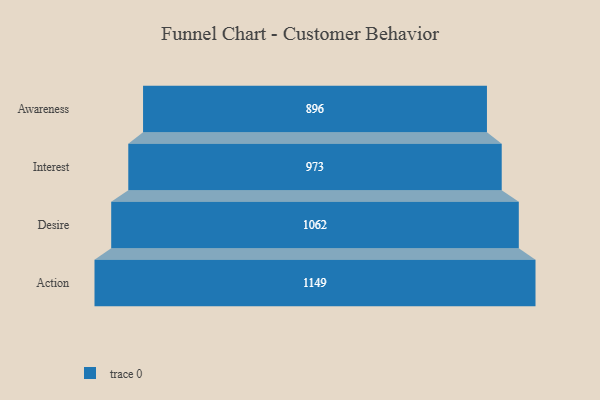
{"axis": {"x": "Stage", "y": "Value"}, "legend": [""], "data": [{"x": "Awareness", "y": 896.0, "type": ""}, {"x": "Interest", "y": 973.0, "type": ""}, {"x": "Desire", "y": 1062.0, "type": ""}, {"x": "Action", "y": 1149.0, "type": ""}]}